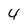
Character: 4